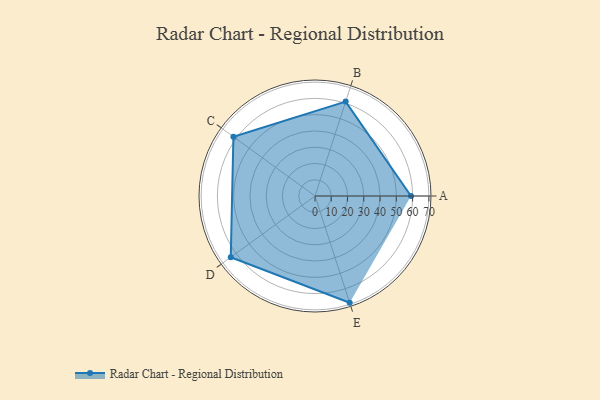
{"axis": {"x": "Skill", "y": "Score"}, "legend": ["Profile"], "data": [{"x": "A", "y": 59.0, "type": "Profile"}, {"x": "B", "y": 61.0, "type": "Profile"}, {"x": "C", "y": 62.0, "type": "Profile"}, {"x": "D", "y": 64.0, "type": "Profile"}, {"x": "E", "y": 69.0, "type": "Profile"}]}